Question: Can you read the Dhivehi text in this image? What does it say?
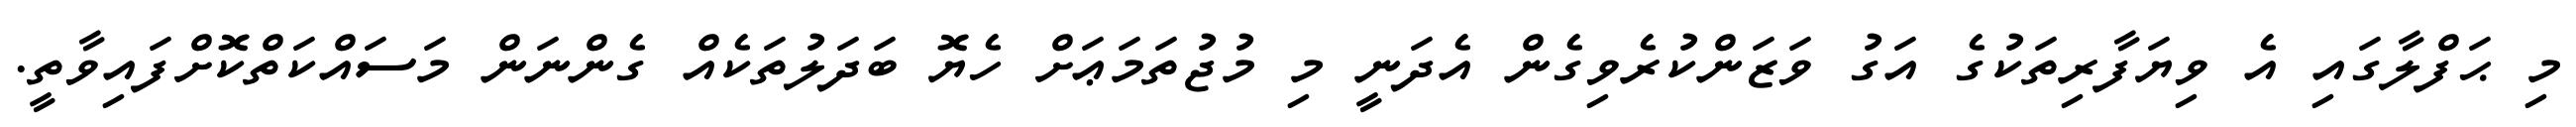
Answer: މި ޙަފްލާގައި އެ ވިޔަފާރިތަކުގެ އަގު ވަޒަންކުރެވިގެން އެދަނީ މި މުޖުތަމަޢަށް ހެޔޮ ބަދަލުތަކެއް ގެންނަން މަސައްކަތްކޮށްފައިވާތީ.